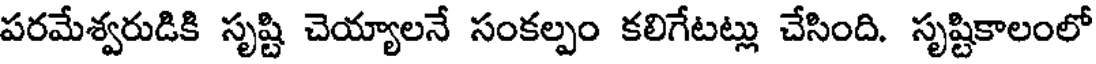
పరమేశ్వరుడికి సృష్టి చెయ్యాలనే సంకల్పం కలిగేటట్లు చేసింది. సృష్టికాలంలో